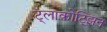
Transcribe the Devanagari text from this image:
ट्लाकोट्झिन